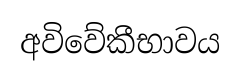
අවිවේකීභාවය